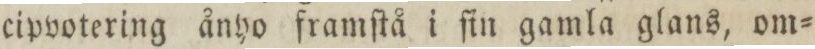
cipvotering ånyo framſtå i fin gamla glans, om=